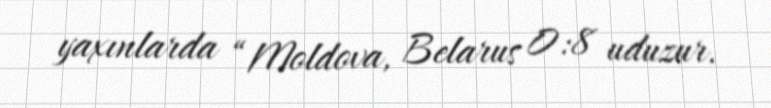
yaxınlarda “Moldova, Belarus 0:8 uduzur.